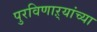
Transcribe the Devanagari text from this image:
पुरविणाऱ्यांच्या